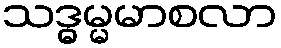
သဒ္ဓမ္မမာစလာ